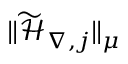
\| \widetilde { \mathcal { H } } _ { \nabla , j } \| _ { \mu }